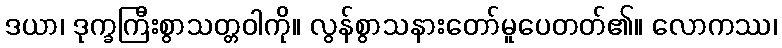
ဒယာ၊ ဒုက္ခကြီးစွာသတ္တဝါကို။ လွန်စွာသနားတော်မူပေတတ်၏။ လောကဿ၊